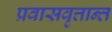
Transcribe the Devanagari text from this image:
प्रवासवृत्तान्त